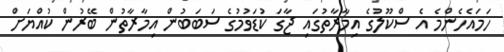
ހަމައެހެންމެ އެ ސްކޫލުގެ އިމާރާތުގައި ޖާގަ ކުޑަވުމުގެ ސަބަބުން އިމާރާތުުން ބޭރުން ކުއްޔަށް